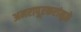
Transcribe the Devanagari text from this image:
अमरापूूरकरांमुळे